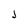
Character: j